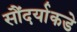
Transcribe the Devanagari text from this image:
सौंदर्याकडे